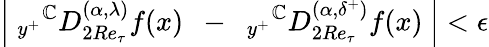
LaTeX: \left|~_{y^{+}}{}^{\mathbb{C}}D_{2Re_{\tau}}^{(\alpha,{\lambda})}f(x)~~-~~{}_{y^{+}}{}^{\mathbb{C}}D_{2Re_{\tau}}^{(\alpha,{\delta^{+}})}f(x)~\right|<\epsilon